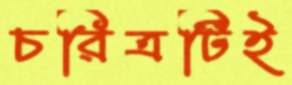
চরিত্রটিই